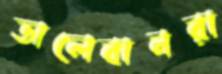
তালেবানরা